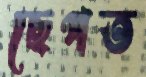
ছেপত